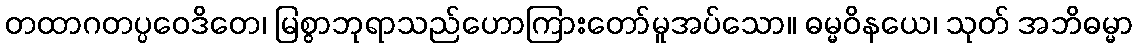
တထာဂတပ္ပဝေဒိတေ၊ မြစွာဘုရာသည်ဟောကြားတော်မူအပ်သော။ ဓမ္မဝိနယေ၊ သုတ် အဘိဓမ္မာ